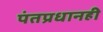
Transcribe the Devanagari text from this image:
पंतप्रधानही